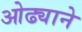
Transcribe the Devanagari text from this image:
ओढ्याने